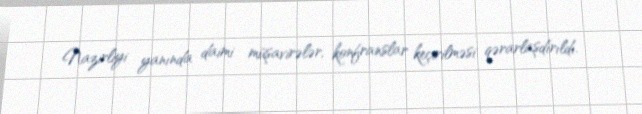
Nazirliyi yanında daimi müşavirələr, konfranslar keçirilməsi qərarlaşdırıldı.